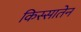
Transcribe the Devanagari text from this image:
किस्सातेन